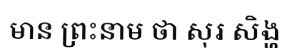
មាន ព្រះនាម ថា សុរ សិង្ហ